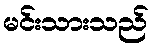
မင်းသားသည်